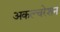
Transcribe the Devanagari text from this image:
अकल्चरेशन